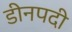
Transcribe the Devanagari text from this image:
डीनपदी